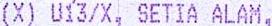
(X) U13/X, SETIA ALAM,